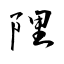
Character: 陧